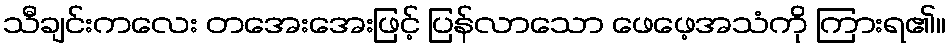
သီချင်းကလေး တအေးအေးဖြင့် ပြန်လာသော ဖေဖေ့အသံကို ကြားရ၏။